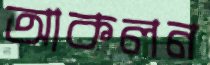
আকলন